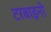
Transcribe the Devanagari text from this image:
टरबाइनो